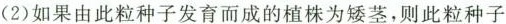
(2)如果由此粒种子发育而成的植株为矮茎，则此粒种子